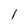
Character: 1